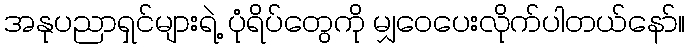
အနုပညာရှင်များရဲ့ ပုံရိပ်တွေကို မျှဝေပေးလိုက်ပါတယ်နော်။